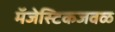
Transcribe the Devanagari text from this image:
मॅजेस्टिकजवळ